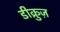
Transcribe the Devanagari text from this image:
डीक्रुज़